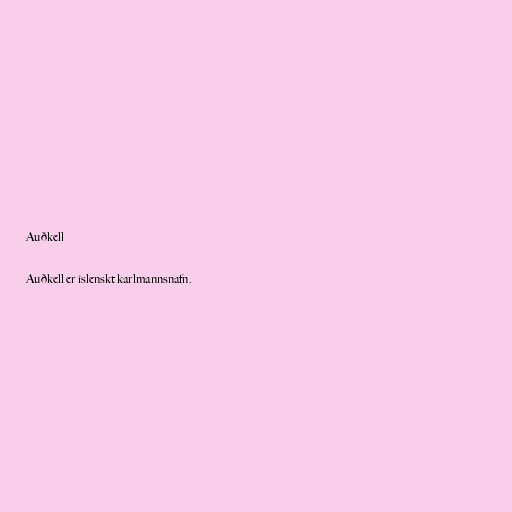
Auðkell

Auðkell er íslenskt karlmannsnafn.